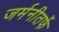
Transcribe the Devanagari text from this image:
जर्मनीतर्फे